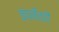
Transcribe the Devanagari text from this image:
कंपनीतही